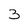
Character: 3